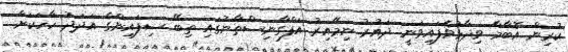
ކުރިން އޮބާމާ ވިދާޅުވެފައިވަނީ ދައުރު ނިމޭއިރު އަފްގާނިސްތާނުގައި ތިބޭ ސިފައިންގެ އަދަދު ހާހަކަށް